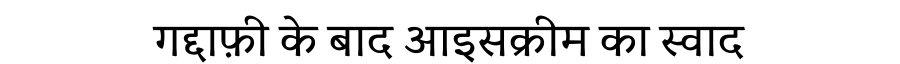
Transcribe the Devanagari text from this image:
गद्दाफ़ी के बाद आइसक्रीम का स्वाद